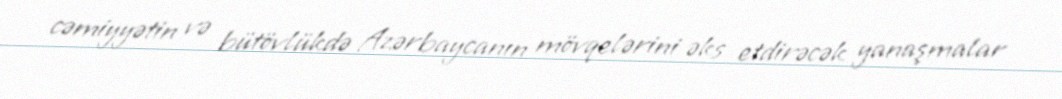
cəmiyyətin və bütövlükdə Azərbaycanın mövqelərini əks etdirəcək yanaşmalar